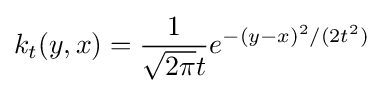
k_{t}(y,x)={\frac {1}{{\sqrt {2\pi }}t}}e^{-(y-x)^{2}/(2t^{2})}